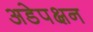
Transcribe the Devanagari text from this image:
अडेपक्षन